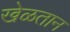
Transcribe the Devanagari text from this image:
खेळतान